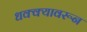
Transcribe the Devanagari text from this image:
धक्क्यावरून